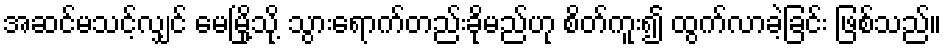
အဆင်မသင့်လျှင် မေမြို့သို့ သွားရောက်တည်းခိုမည်ဟု စိတ်ကူး၍ ထွက်လာခဲ့ခြင်း ဖြစ်သည်။